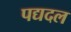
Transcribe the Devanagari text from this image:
पद्यदल